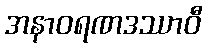
အနာဝရဏဒဿာဝီ